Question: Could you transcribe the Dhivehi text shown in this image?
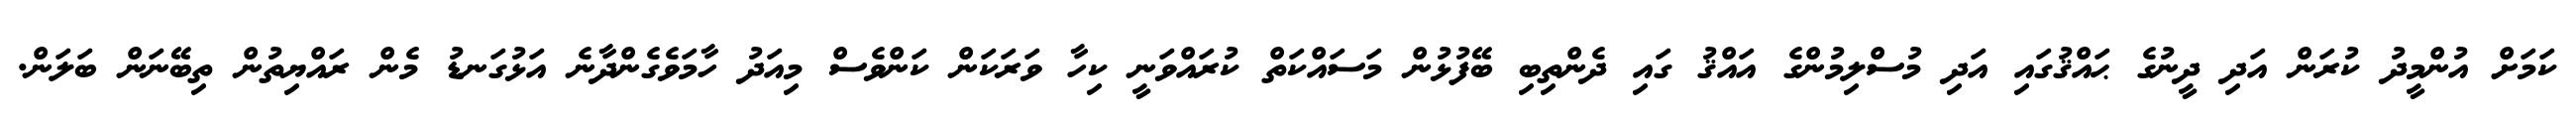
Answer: ކަމަށް އުންމީދު ކުރަން އަދި ދީނުގެ ޙައްޤުގައި އަދި މުސްލިމުންގެ އައްޤު ގައި ދެންތިބި ބޭފުޅުން މަސައްކަތް ކުރައްވަނީ ކިހާ ވަރަކަން ކަންވެސް މިއަދު ހާމަވެގެންދާނެ އަޅުގަނޑު މެން ރައްޔިތުން ތިބޭނަން ބަލަން.